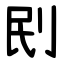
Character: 刡